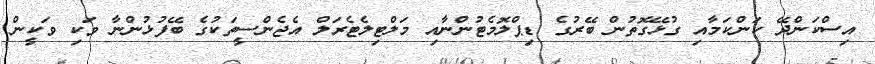
އިސްކަންދޭ ކަންކަމާއި ގުޅޭގޮތުން ބޭރުގެ ޑިޕްލޮމެޓުންނާއި މަލްޓިލެޓެރަލް އެޖެންސީތަކުގެ ބޭފުޅުންނާ ވަކި ވަކީން